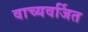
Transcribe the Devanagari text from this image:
वाच्यवर्जित